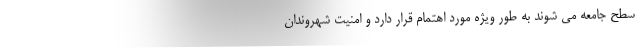
سطح جامعه می شوند به طور ویژه مورد اهتمام قرار دارد و امنیت شهروندان